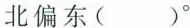
北偏东()^{\circ}